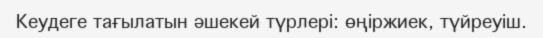
Кеудеге тағылатын әшекей түрлері: өңіржиек, түйреуіш.